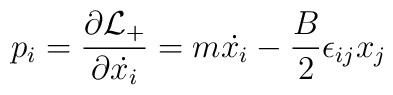
p_i = \frac{\partial {\cal L}_+}{\partial{\dot{ x_i}}} = m{\dot{ x_i}} - \frac{B}{2}\epsilon_{ij}x_j